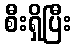
စီးရှိပြီး